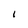
Character: I